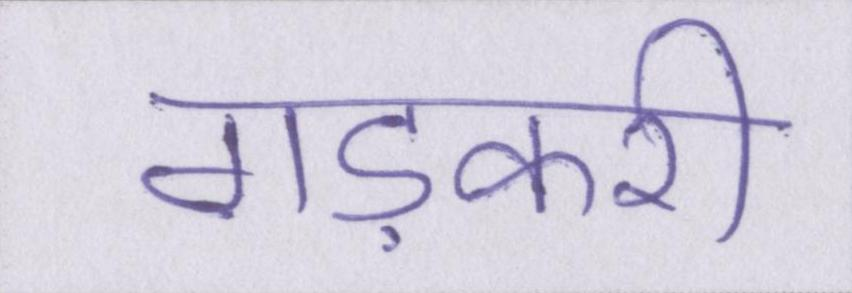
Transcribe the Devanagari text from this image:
गड़करी